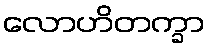
လောဟိတက္ခာ